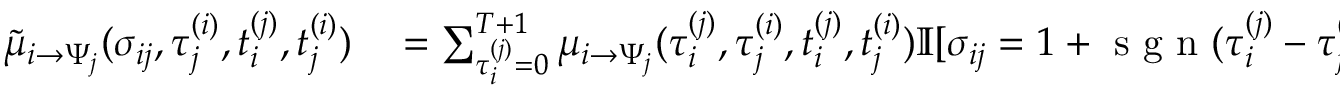
\begin{array} { r } { \begin{array} { r l } { \tilde { \mu } _ { i \to \Psi _ { j } } ( \sigma _ { i j } , \tau _ { j } ^ { ( i ) } , t _ { i } ^ { ( j ) } , t _ { j } ^ { ( i ) } ) } & { { } = \sum _ { \tau _ { i } ^ { ( j ) } = 0 } ^ { { T + 1 } } \mu _ { i \to \Psi _ { j } } ( \tau _ { i } ^ { ( j ) } , \tau _ { j } ^ { ( i ) } , t _ { i } ^ { ( j ) } , t _ { j } ^ { ( i ) } ) \mathbb { I } [ \sigma _ { i j } = 1 + \mathrm { ~ s ~ g ~ n ~ } ( \tau _ { i } ^ { ( j ) } - \tau _ { j } ^ { ( i ) } + s _ { i j } ) ] } \end{array} } \end{array}